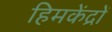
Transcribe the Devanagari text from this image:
हिमकेंद्रों